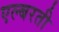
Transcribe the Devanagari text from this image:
एल्बरती